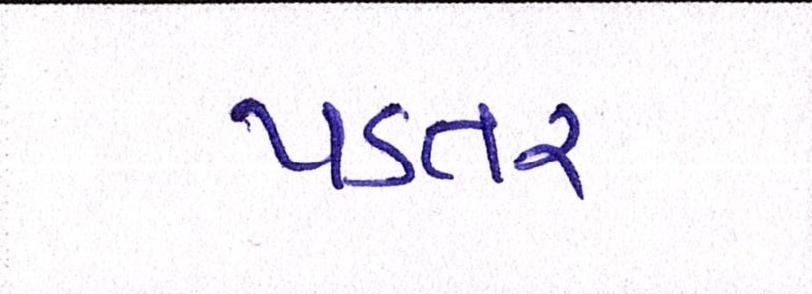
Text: પડતર